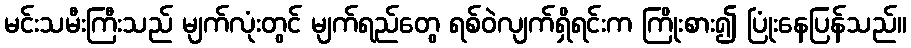
မင်းသမီးကြီးသည် မျက်လုံးတွင် မျက်ရည်တွေ ရစ်ဝဲလျက်ရှိရင်းက ကြိုးစား၍ ပြုံးနေပြန်သည်။